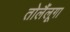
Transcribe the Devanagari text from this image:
तोलैंलूगा